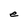
Character: e